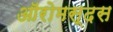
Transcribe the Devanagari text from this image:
ऑरोमस्दस